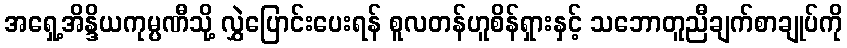
အရှေ့အိန္ဒိယကုမ္ပဏီသို့ လွှဲပြောင်းပေးရန် စူလတန်ဟူစိန်ရှားနှင့် သဘောတူညီချက်စာချုပ်ကို